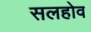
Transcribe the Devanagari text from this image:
सलहोव